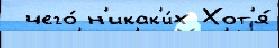
 чего́ н'икак'и́х Хот'я́